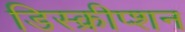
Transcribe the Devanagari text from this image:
डिस्क्रीप्शन